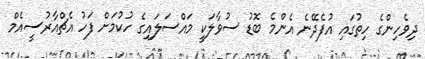
ދިވެހިންގެ ހިތުގައި އުފެދޭނެ އެންމެ ބޮޑު ސުވާލަކީ މައްސަލައިގެ ހުކުމަށް ފަހު އެޗްއާރުސީއެމް